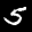
Label: 5